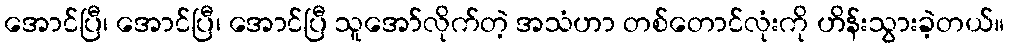
အောင်ပြီ၊ အောင်ပြီ၊ အောင်ပြီ သူအော်လိုက်တဲ့ အသံဟာ တစ်တောင်လုံးကို ဟိန်းသွားခဲ့တယ်။